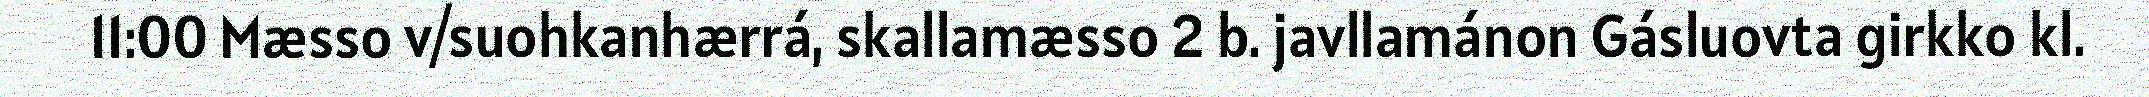
11:00 Mæsso v/suohkanhærrá, skallamæsso 2 b. javllamánon Gásluovta girkko kl.